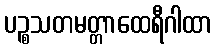
ပဉ္စသတမတ္တာထေရီဂါထာ